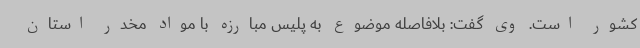
کشور است. وی گفت: بلافاصله موضوع به پلیس مبارزه با مواد مخدر استان